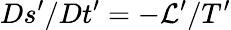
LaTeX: Ds^{\prime}/Dt^{\prime}=-\mathcal{L}^{\prime}/T^{\prime}